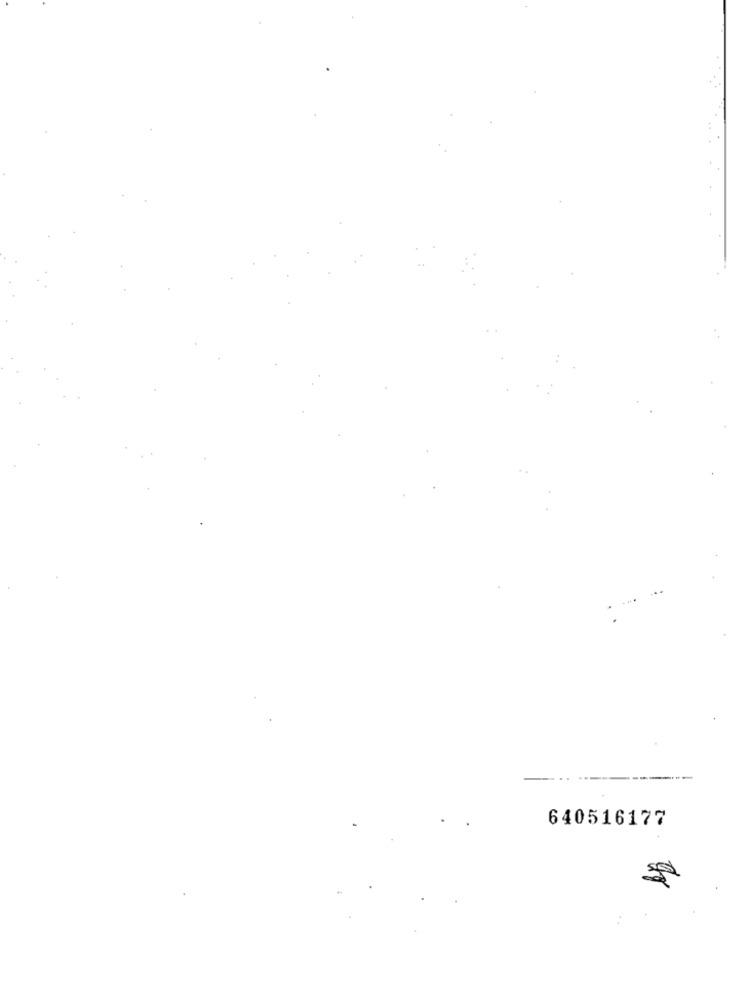
640516177